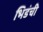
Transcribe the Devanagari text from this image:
भिडंची